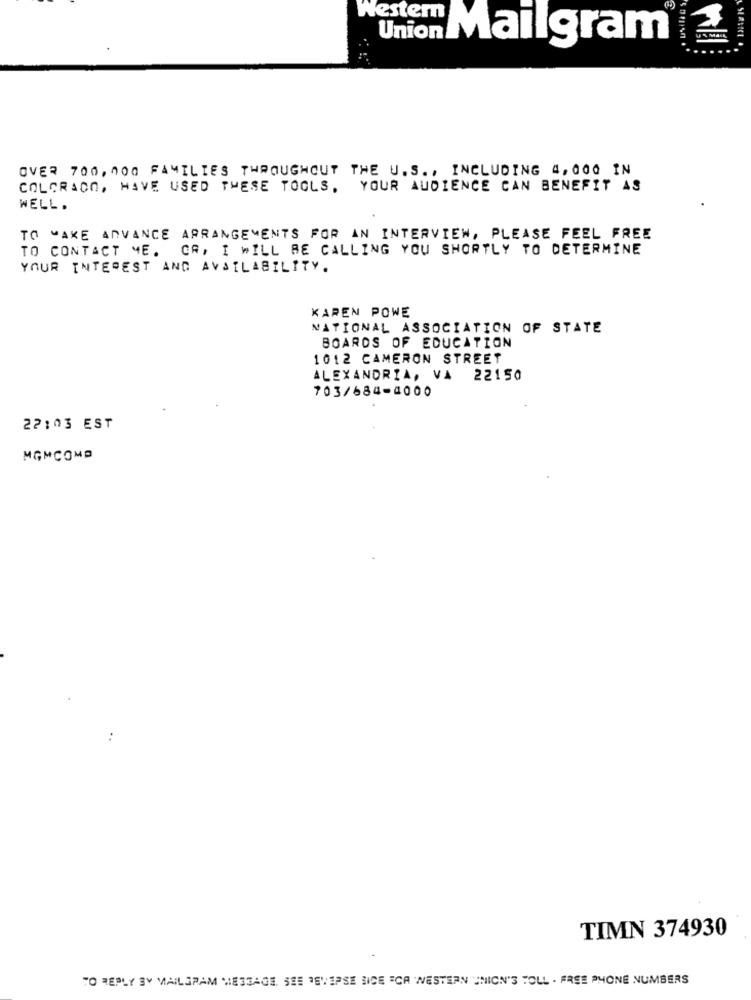
Westem
Mailgram®
OVER 700,000 FAMILIES THROUGHOUT THE U.S. , INCLUDING 4,000 IN
COLORADO, HAVE USED THESE TOOLS, YOUR AUDIENCE CAN BENEFIT AS
WELL.
TO WAKE ADVANCE ARRANGEMENTS FOR AN INTERVIEW, PLEASE FEEL FREE
TO CONTACT ME. CR, I WILL BE CALLING YOU SHORTLY TO DETERMINE
YOUR INTEREST AND AVAILABILITY.
KAREN POWE
NATIONAL ASSOCIATION OF STATE
BOARDS OF EDUCATION
1012 CAMERON STREET
ALEXANDRIA, VA 22150
703/684-4000
22:03 EST
MGMCOMO
TIMN 374930
TO REPLY BY MAILSPAM MESSAGE. SEE 38VIPSE SICE "CA "WESTERN UNION'S TOLL - FREE PHONE NUMBERS